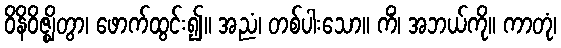
ဝိနိဝိဇ္ဈိတွာ၊ ဖောက်ထွင်း၍။ အညံ၊ တစ်ပါးသော။ ကိံ၊ အဘယ်ကို။ ကာတုံ၊